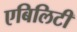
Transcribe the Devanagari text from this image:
एबिलिटी